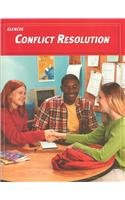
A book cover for Teen Health, Course 1, Conflict Resolution; McGraw-Hill Education; Health, Fitness & Dieting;